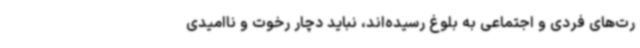
رت‌های فردی و اجتماعی به بلوغ رسیده‌اند، نباید دچار رخوت و ناامیدی